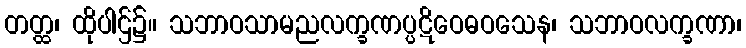
တတ္ထ၊ ထိုပါဌ်၌။ သဘာဝသာမညလက္ခဏပ္ပဋိဝေဓဝသေန၊ သဘာဝလက္ခဏာ၊